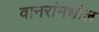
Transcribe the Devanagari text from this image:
वानरांमधील